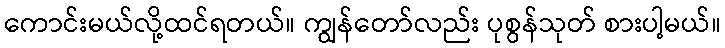
ကောင်းမယ်လို့ထင်ရတယ်။ ကျွန်တော်လည်း ပုစွန်သုတ် စားပါ့မယ်။